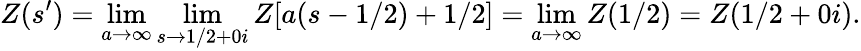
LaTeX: Z(s^{\prime})=\operatorname*{lim}_{a\to\infty}\operatorname*{lim}_{s\to 1/2+0i}Z[a(s-1/2)+1/2]=\operatorname*{lim}_{a\to\infty}Z(1/2)=Z(1/2+0i).